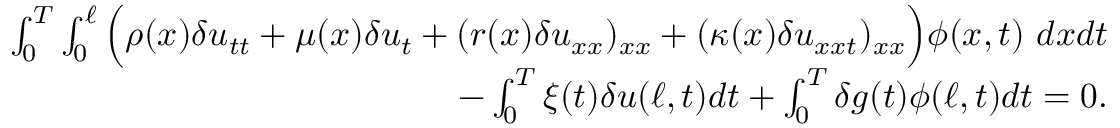
\begin{array} { r } { \int _ { 0 } ^ { T } \int _ { 0 } ^ { \ell } \Big ( \rho ( x ) \delta u _ { t t } + \mu ( x ) \delta u _ { t } + ( r ( x ) \delta u _ { x x } ) _ { x x } + ( \kappa ( x ) \delta u _ { x x t } ) _ { x x } \Big ) \phi ( x , t ) \ d x d t } \\ { - \int _ { 0 } ^ { T } \xi ( t ) \delta u ( \ell , t ) d t + \int _ { 0 } ^ { T } \delta g ( t ) \phi ( \ell , t ) d t = 0 . } \end{array}